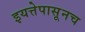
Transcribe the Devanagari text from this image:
इयत्तेपासूनच